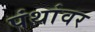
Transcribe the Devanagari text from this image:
पंथांवर